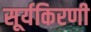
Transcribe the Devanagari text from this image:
सूर्यकिरणी